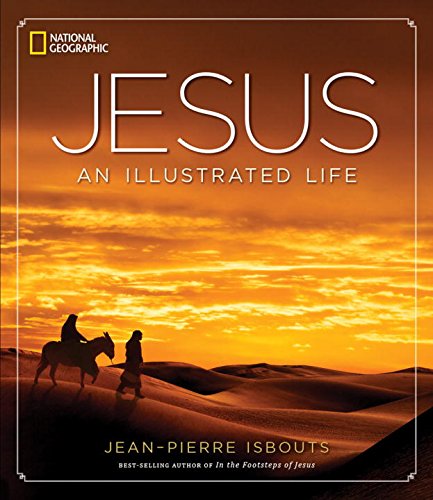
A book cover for Jesus: An Illustrated Life; Jean-Pierre Isbouts; Biographies & Memoirs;